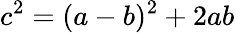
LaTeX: c^{2}=(a-b)^{2}+2ab